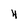
Character: 4